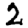
Digit: 2